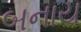
બનાય